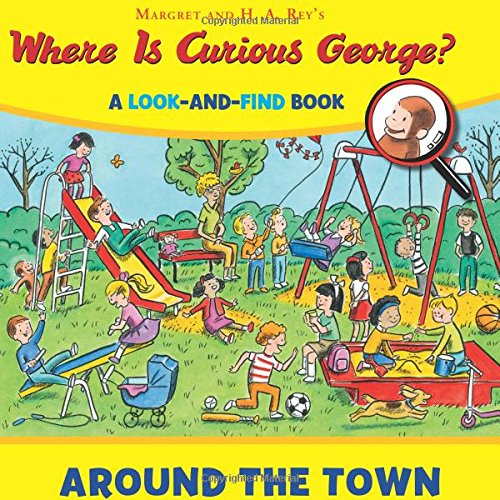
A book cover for Where is Curious George? Around the Town: A Look-and-Find Book; H. A. Rey; Children's Books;